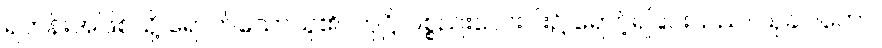
ရဟန်းအဖြစ်သို့ ရောက်သောသူ၏။ တုဋ္ဌိ၊ ပစ္စည်းလေးပါး၌ ရောင့်ရဲခြင်းသည်။ သုခါဝဟော၊